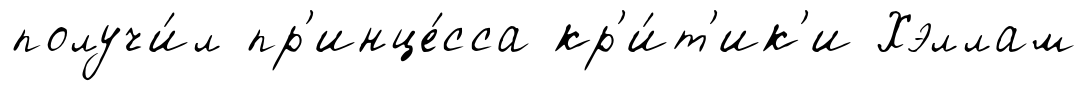
получи́л пр'инце́сса кр'и́т'ик'и Хэллам